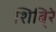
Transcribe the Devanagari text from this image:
शिबि्रे